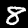
Label: 8